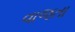
વાજતા